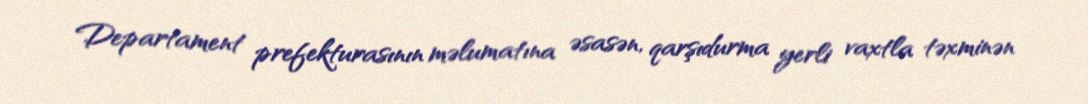
Departament prefekturasının məlumatına əsasən, qarşıdurma yerli vaxtla təxminən